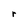
Character: r